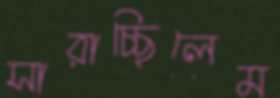
সারাচ্ছিলেম